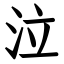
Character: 泣